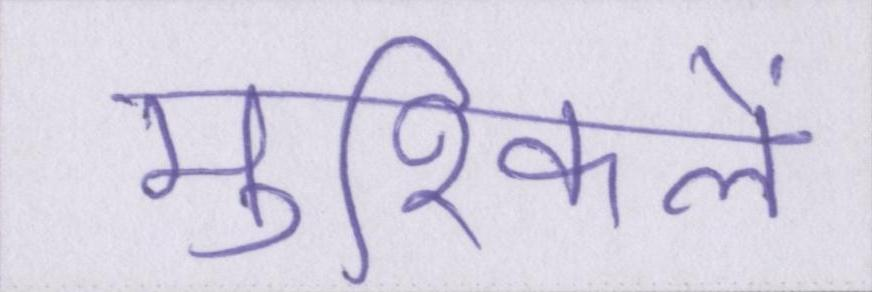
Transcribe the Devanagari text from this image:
मुश्किलें